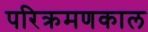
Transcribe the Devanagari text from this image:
परिक्रमणकाल